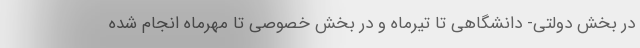
در بخش دولتی- دانشگاهی تا تیرماه و در بخش خصوصی تا مهرماه انجام شده